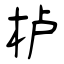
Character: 栌